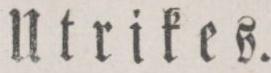
Utrikes.